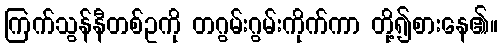
ကြက်သွန်နီတစ်ဥကို တဂွမ်းဂွမ်းကိုက်ကာ တို့၍စားနေ၏။